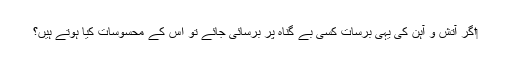
‏اگر آتش و آہن کی یہی برسات کسی بے گناہ پر برسائی جائے تو اس کے محسوسات کیا ہوتے ہیں؟